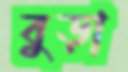
বুড়া